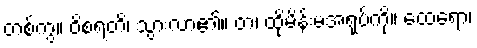
တစ်ကွ။ ဝိစရတိ၊ သွားလာ၏။ တံ၊ ထိုမိန်းမအရုပ်ကို။ ထေရော၊